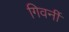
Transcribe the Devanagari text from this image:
गिवर्नी